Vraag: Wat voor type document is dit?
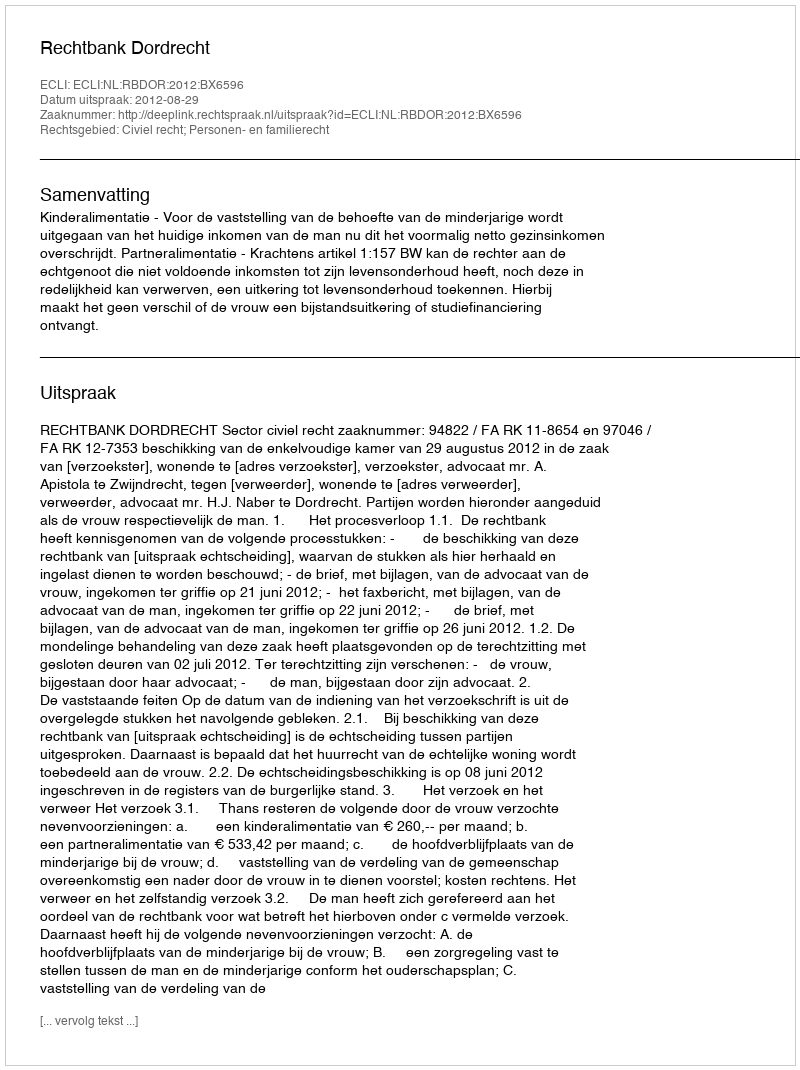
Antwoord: Uitspraak